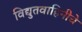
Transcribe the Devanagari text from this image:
विद्युतवाहिनीचे